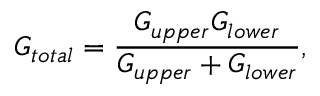
G _ { t o t a l } = \frac { G _ { u p p e r } G _ { l o w e r } } { G _ { u p p e r } + G _ { l o w e r } } ,